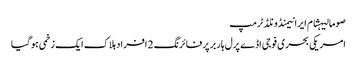
صومالیہشام ایرانیمنڈونلڈ ٹرمپ
امریکی بحری فوجی اڈے پرل ہاربر پر فائرنگ 2 افراد ہلاک ایک زخمی ہوگیا